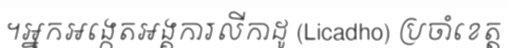
។អ្នកអង្កេតអង្គការលីកាដូ (Licadho) ប្រចាំខេត្ត